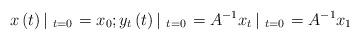
LaTeX: \begin{align*}x\left( t\right) \left\vert \ _{t=0}\right. =x_{0};y_{t}\left( t\right) \left\vert \ _{t=0}\right. =A^{-1}x_{t}\left\vert \ _{t=0}\right. =A^{-1}x_{1}\end{align*}